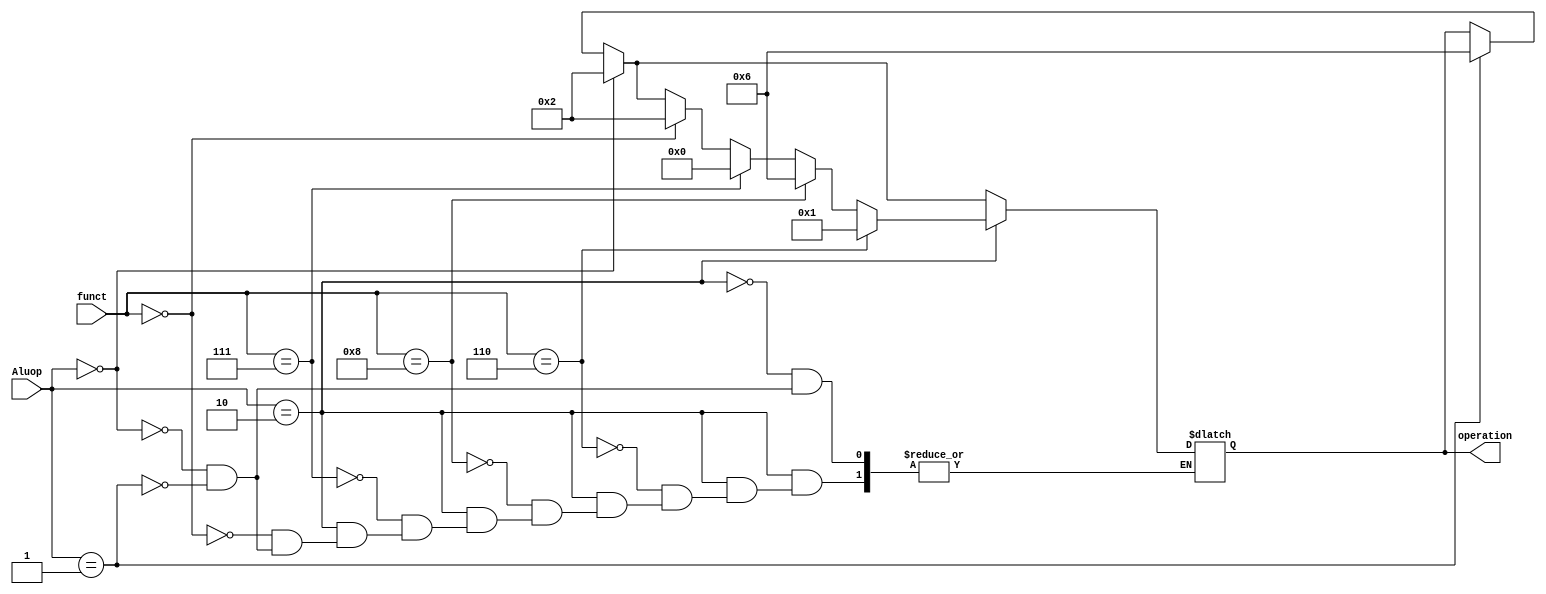
module alu_control(
  input [1:0] Aluop,
  input [3:0] funct,
  output reg [3:0] operation);
  
  always @ (*)
    begin
      if (Aluop==2'b01)
        begin
          operation = 4'b0110;
        end
      if (Aluop==2'b00)
        begin
          operation = 4'b0010;
        end
      if (Aluop==2'b10)
        begin
          if (funct == 4'b0000)
            begin
              operation = 4'b0010;
            end
          if (funct == 4'b0111)
            begin
              operation = 4'b0000;
            end
          if (funct == 4'b1000)
            begin
              operation = 4'b0110;
            end
          if (funct == 4'b0110)
            begin
              operation = 4'b0001;
            end
        end
    end
endmodule